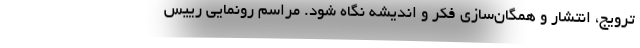
ترویج، انتشار و همگان‌سازی فکر و اندیشه نگاه شود. مراسم رونمایی رییس